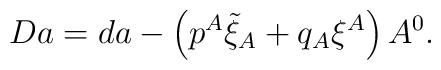
Da =  d  a - \left(p^A \tilde \xi_A + q_A \xi^A \right) A^0.